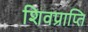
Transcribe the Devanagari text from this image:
शिवप्राप्ति